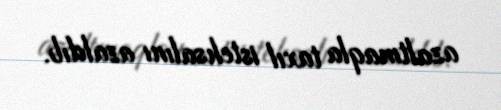
azaltmaqla taxıl istehsalını azaldıb.